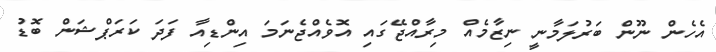
އެހެން ނޫން ބަރުލަމާނީ ނިޒާމެއް މިރާއްޖޭގައި އޮވެއްޖެނަމަ އިންޑިއާ ފަދަ ކަރަޕްޝަން ބޮޑު